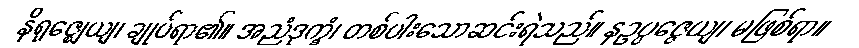
နိရုဇ္ဈေယျ၊ ချုပ်ရာ၏။ အညံဒုက္ခံ၊ တစ်ပါးသောဆင်းရဲသည်။ နဥပ္ပဇ္ဇေယျ၊ မဖြစ်ရာ။